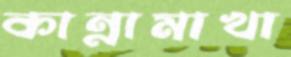
কান্নামাখা